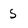
Character: s